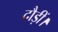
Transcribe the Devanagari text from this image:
दौड़ीं।